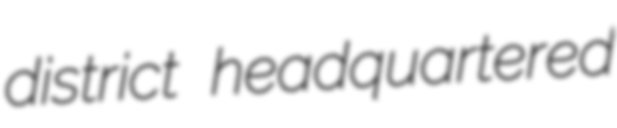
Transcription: district headquartered